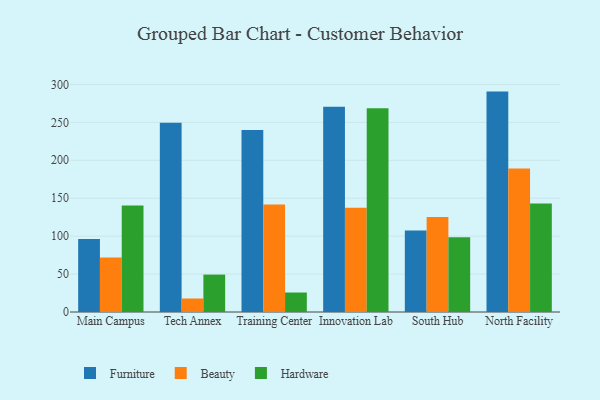
{"axis": {"x": "Campus", "y": "Backlog"}, "legend": ["Beauty", "Furniture", "Hardware"], "data": [{"x": "Main Campus", "y": 96.3, "type": "Furniture"}, {"x": "Main Campus", "y": 71.8, "type": "Beauty"}, {"x": "Main Campus", "y": 140.4, "type": "Hardware"}, {"x": "Tech Annex", "y": 249.3, "type": "Furniture"}, {"x": "Tech Annex", "y": 17.8, "type": "Beauty"}, {"x": "Tech Annex", "y": 49.3, "type": "Hardware"}, {"x": "Training Center", "y": 239.8, "type": "Furniture"}, {"x": "Training Center", "y": 141.8, "type": "Beauty"}, {"x": "Training Center", "y": 25.7, "type": "Hardware"}, {"x": "Innovation Lab", "y": 270.5, "type": "Furniture"}, {"x": "Innovation Lab", "y": 137.3, "type": "Beauty"}, {"x": "Innovation Lab", "y": 268.6, "type": "Hardware"}, {"x": "South Hub", "y": 107.4, "type": "Furniture"}, {"x": "South Hub", "y": 125.2, "type": "Beauty"}, {"x": "South Hub", "y": 98.4, "type": "Hardware"}, {"x": "North Facility", "y": 290.5, "type": "Furniture"}, {"x": "North Facility", "y": 189.2, "type": "Beauty"}, {"x": "North Facility", "y": 142.9, "type": "Hardware"}]}